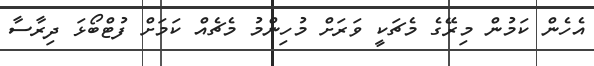
އެހެން ކަމުން މިރޭގެ މެޗަކީ ވަރަށް މުހިންމު މެޗެއް ކަމަށް ފުޓްބޯޅަ ދިރާސާ